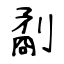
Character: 劀